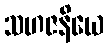
သဟဇနိယေ